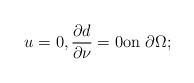
\begin{align*}u=0, \frac{\partial d}{\partial \nu}=0 {\rm on} \ \partial \Omega;\end{align*}